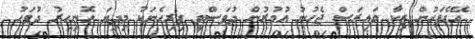
އޭގެފަހުން ޒިކާ ވައިރަސް ޖެހުނު އުމުރުން ދުވަސްވީ ފިރިހެނަކު މިދިޔަ ހޮނިހިރު ދުވަހު